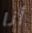
أنا